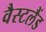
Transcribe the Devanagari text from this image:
वैस्टलैंड